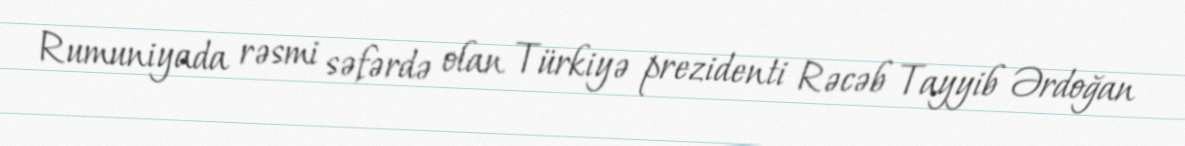
Rumuniyada rəsmi səfərdə olan Türkiyə prezidenti Rəcəb Tayyib Ərdoğan